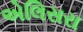
એલિસરા